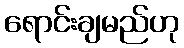
ရောင်းချမည်ဟု